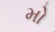
મો